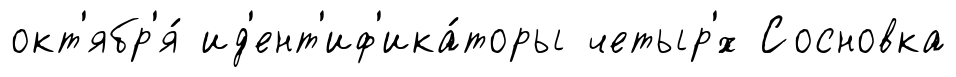
окт'ябр'я́ ид'ент'иф'ика́торы четыр'́х Сосновка